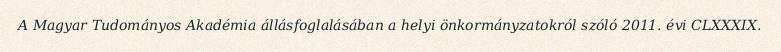
A Magyar Tudományos Akadémia állásfoglalásában a helyi önkormányzatokról szóló 2011. évi CLXXXIX.